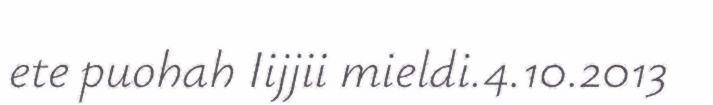
ete puohah Iijjii mieldi.4.10.2013